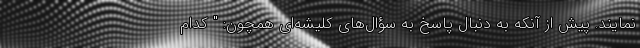
نمایند. پیش از آنکه به دنبال پاسخ به سؤال‌های کلیشه‌ای همچون: " کدام